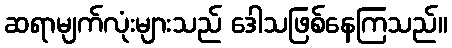
ဆရာမျက်လုံးများသည် ဒေါသဖြစ်နေကြသည်။